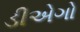
ડીએગો